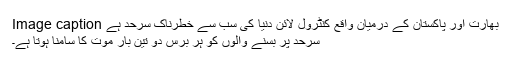
Image caption بھارت اور پاکستان کے درمیان واقع کنٹرول لائن دنیا کی سب سے خطرناک سرحد ہے
سرحد پر بسنے والوں کو ہر برس دو تین بار موت کا سامنا ہوتا ہے۔